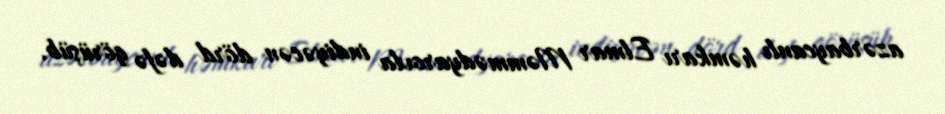
azərbaycanlı həmkarı Elmar Məmmədyarovla indiyəcən dörd dəfə görüşüb.